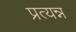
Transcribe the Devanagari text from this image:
प्रत्यन्न